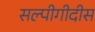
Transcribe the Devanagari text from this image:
सल्पीगीदीस